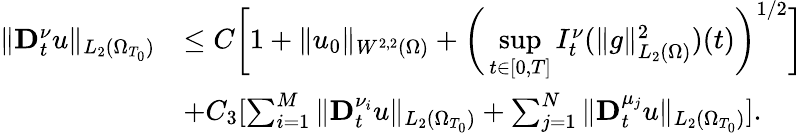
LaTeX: \begin{array}{rl}{\| \mathbf{D}_{t}^{\nu}u\| _{L_{2}(\Omega_{T_{0}})}}&{\leq C\bigg[1+\| u_{0}\| _{W^{2,2}(\Omega)}+\bigg(\underset{t\in[0,T]}{\operatorname*{sup}}I_{t}^{\nu}(\| g\| _{L_{2}(\Omega)}^{2})(t)\bigg)^{1/2}\bigg]}\\ &{+C_{3}[\sum_{i=1}^{M}\| \mathbf{D}_{t}^{\nu_{i}}u\| _{L_{2}(\Omega_{T_{0}})}+\sum_{j=1}^{N}\| \mathbf{D}_{t}^{\mu_{j}}u\| _{L_{2}(\Omega_{T_{0}})}].}\end{array}